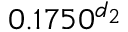
0 . 1 7 5 0 ^ { d _ { 2 } }